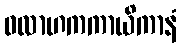
ဝလာဟကကာယိကာနံ